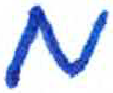
אות: מ